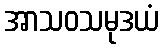
အာသဝသမုဒယံ